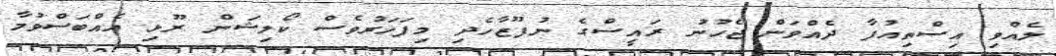
ލެއްވި އިސްތިއުފާ ދެއްވަން ޖެހުނު ރައީސްގެ ނުފޫޒާހެދި މިފަހަރުވެސް ކޯލިޝަން ރޫޅި އެއްބަސްވުމާ